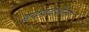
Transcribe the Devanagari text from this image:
हृदयदर्शना